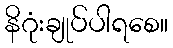
နိဂုံးချုပ်ပါရစေ။